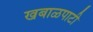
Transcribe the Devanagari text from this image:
खबाळपाटी